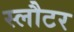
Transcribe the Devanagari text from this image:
स्लौटर